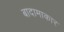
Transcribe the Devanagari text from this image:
बादामाकार